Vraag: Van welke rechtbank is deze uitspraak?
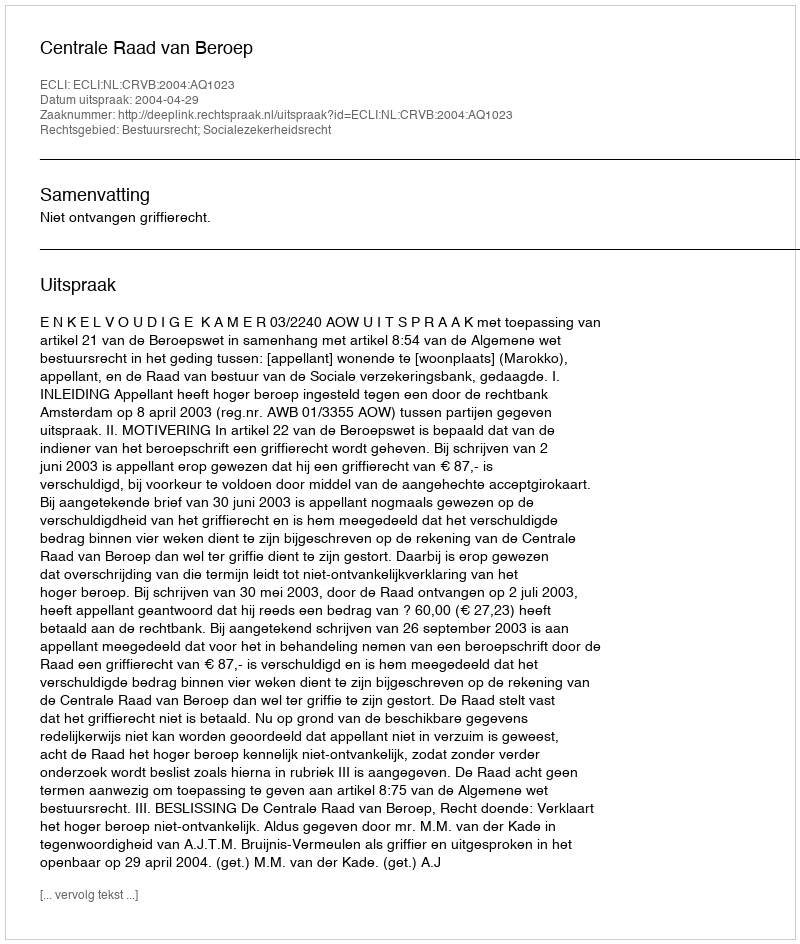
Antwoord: Centrale Raad van Beroep